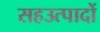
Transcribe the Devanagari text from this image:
सहउत्पादों